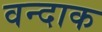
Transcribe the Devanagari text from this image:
वन्दाक